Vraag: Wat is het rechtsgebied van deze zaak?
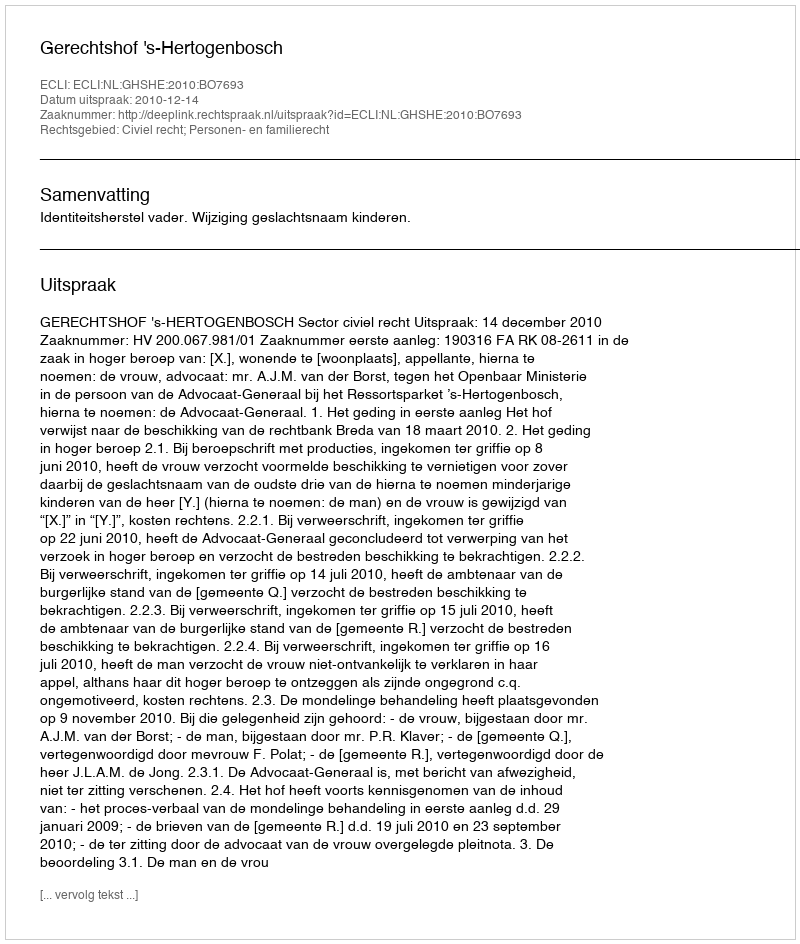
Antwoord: Civiel recht; Personen- en familierecht